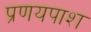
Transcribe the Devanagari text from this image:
प्रणयपाश